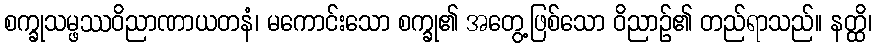
စက္ခုသမ္ဖဿဝိညာဏာယတနံ၊ မကောင်းသော စက္ခု၏ အတွေ့ဖြစ်သော ဝိညာဉ်၏ တည်ရာသည်။ နတ္ထိ၊